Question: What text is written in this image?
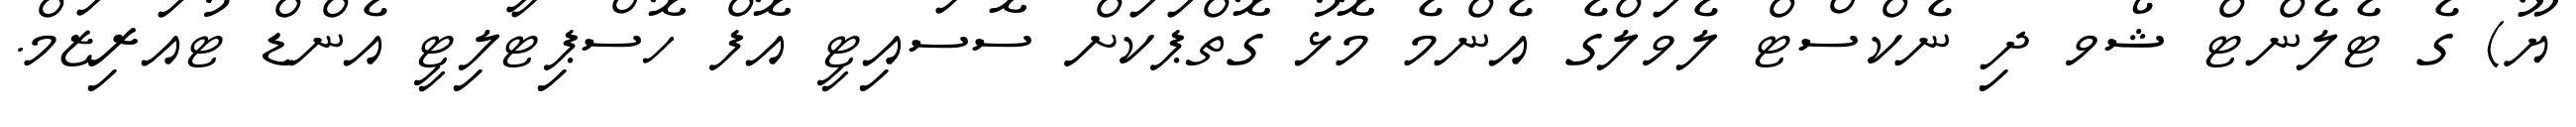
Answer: ޔޫ) ގެ ޓެލެންޓް ޝޯވ ދި ނެކްސްޓް ލެވަލްގެ އެންމެ މޮޅު ގޮތްޕަކަށް ސޮސައިޓީ އޮފް ހޮސްޕިޓާލިޓީ އެންޑް ޓުއަރިޒަމް.